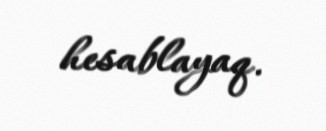
hesablayaq.